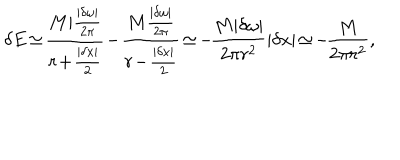
LaTeX: \delta E \! \simeq \! { \frac { M | { \frac { | \delta \omega | } { 2 \pi } } } { r \! + \! { \frac { | \delta x | } { 2 } } } } \! - \! { \frac { M { \frac { | \delta \omega | } { 2 \pi } } } { r \! - \! { \frac { | \delta x | } { 2 } } } } \! \simeq \! - \! { \frac { M | \delta \omega | } { 2 \pi r ^ { 2 } } } | \delta x | \! \simeq \! - \! { \frac { M } { 2 \pi r ^ { 2 } } } ,